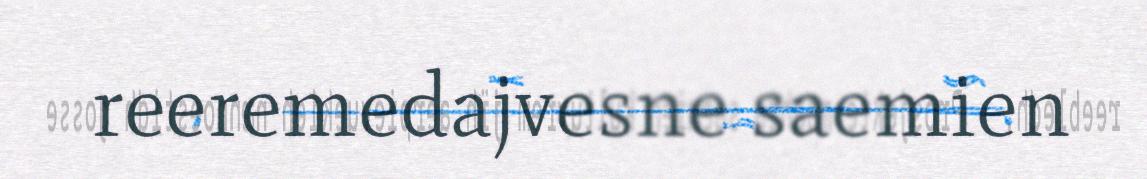
reeremedajvesne saemien